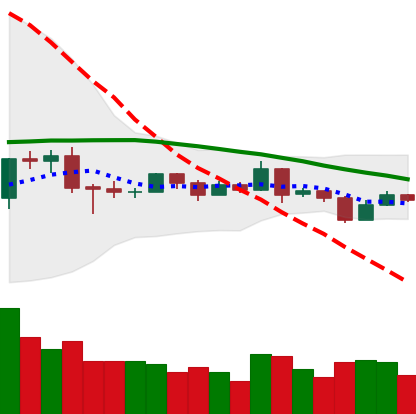
Ticker: EOS-USD
Chart end date: 2019-08-12
Forward return: -13.75%
Label: down_7plus